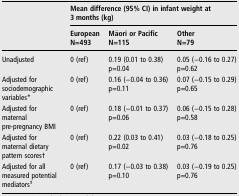
<table><thead><tr><td></td><td colspan="3"><b>Mean difference (95% CI) in infant weight at 3 months (kg)</b></td></tr><tr><td></td><td><b>EuropeanN=493</b></td><td><b>Māori or PacificN=115</b></td><td><b>OtherN=79</b></td></tr></thead><tbody><tr><td>Unadjusted</td><td>0 (ref)</td><td>0.19 (0.01 to 0.38)p=0.04</td><td>0.05 (−0.16 to 0.27)p=0.62</td></tr><tr><td>Adjusted for sociodemographic variables*</td><td>0 (ref)</td><td>0.16 (−0.04 to 0.36)p=0.11</td><td>0.07 (−0.15 to 0.29)p=0.65</td></tr><tr><td>Adjusted for maternal pre-pregnancy BMI</td><td>0 (ref)</td><td>0.18 (−0.01 to 0.37)p=0.06</td><td>0.06 (−0.15 to 0.28)p=0.58</td></tr><tr><td>Adjusted for maternal dietary pattern scores†</td><td>0 (ref)</td><td>0.22 (0.03 to 0.41)p=0.02</td><td>0.03 (−0.18 to 0.25)p=0.76</td></tr><tr><td>Adjusted for all measured potential mediators<sup>‡</sup></td><td>0 (ref)</td><td>0.17 (−0.03 to 0.38)p=0.10</td><td>0.03 (−0.19 to 0.25)p=0.76</td></tr></tbody></table>